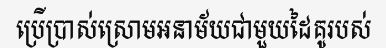
ប្រើប្រាស់ស្រោមអនាម័យជាមួយដៃគូរបស់